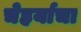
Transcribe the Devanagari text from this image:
चेहर्याचा